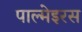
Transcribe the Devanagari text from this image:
पाल्मेइरस